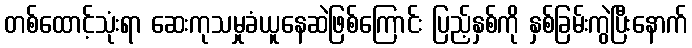
တစ်ထောင့်သုံးရာ ဆေးကုသမှုခံယူနေဆဲဖြစ်ကြောင်း ပြည့်နှစ်ကို နှစ်ခြမ်းကွဲပြီးနောက်